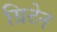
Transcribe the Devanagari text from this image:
ग्रिटेन